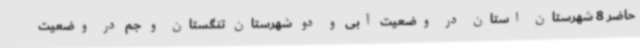
حاضر 8 شهرستان استان در وضعیت آبی و دو شهرستان تنگستان و جم در وضعیت